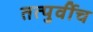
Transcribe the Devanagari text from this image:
तत्पुर्वीच